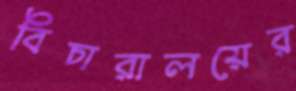
বিচারালয়ের